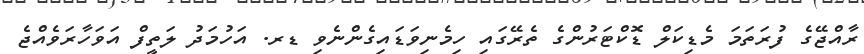
ރާއްޖޭގެ ފުރަތަމަ މެޑިކަލް ޑޮކްޓަރުންގެ ތެރޭގައި ހިމެނިވަޑައިގެންނެވި ޑރ. އަހުމަދު ލަތީފް އަވަހާރަވެއްޖެ